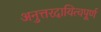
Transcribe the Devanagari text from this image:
अनुत्तरदायित्वपूर्ण